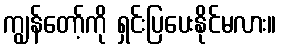
ကျွန်တော့်ကို ရှင်းပြပေးနိုင်မလား။